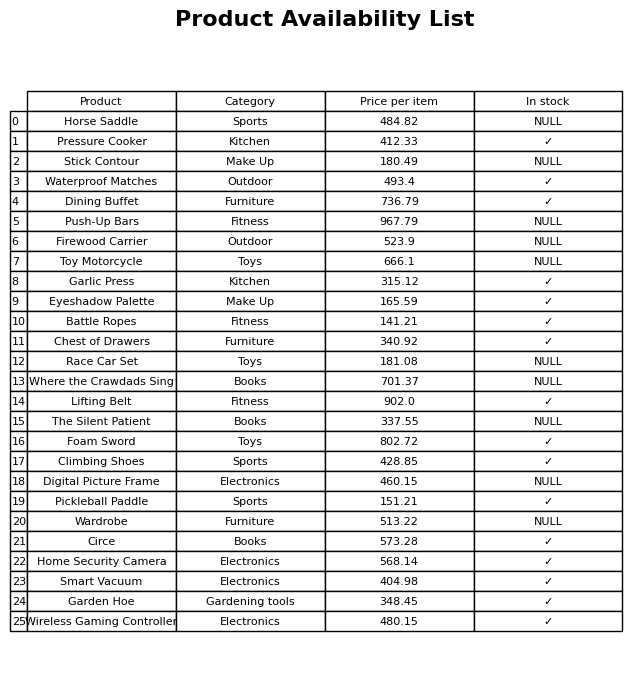
question: What is the price for Climbing Shoes?
answer: The price of Climbing Shoes is 428.85.